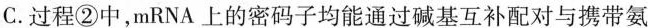
C.过程②中，mRNA上的密码子均能通过碱基互补配对与携带氨